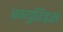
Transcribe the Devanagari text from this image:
स्क्युरिड्स